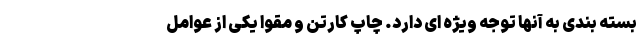
بسته بندی به آنها توجه ویژه ای دارد. چاپ کارتن و مقوا یکی از عوامل